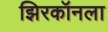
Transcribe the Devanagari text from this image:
झिरकॉनला